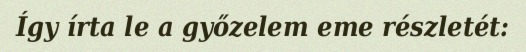
Így írta le a győzelem eme részletét: